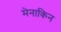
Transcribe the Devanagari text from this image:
मेनाकिन